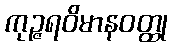
ကုဉ္ဇရဝိမာနဝတ္ထု